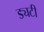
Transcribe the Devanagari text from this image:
ड्यटी